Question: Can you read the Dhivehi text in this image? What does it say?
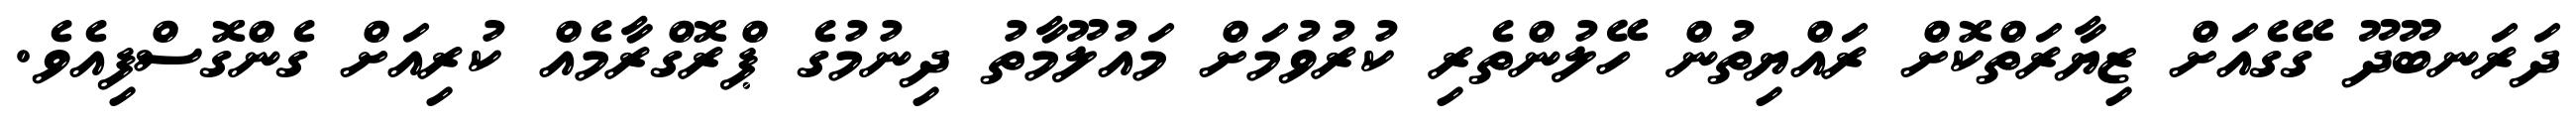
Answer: ދަރަނބޫދޫ ގޭގެއަށް ޒިޔާރަތްކޮށް ރައްޔިތުން ހޭލުންތެރި ކުރުވުމަށް މައުލޫމާތު ދިނުމުގެ ޕްރޮގްރާމެއް ކުރިއަށް ގެންގޮސްފިއެވެ.